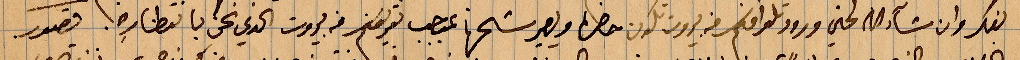
بفكر وان شاء الله الحين ورود تلغرافكم في بيروت تكون حضرة ويصير ... بموجب تفويضكم في بيروت الذي نحن بانتظاره فصور